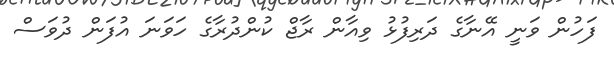
ފަހުން ވަނީ އޭނާގެ ދަރިފުޅު ވިއާން ރާޖް ކުންދުރާގެ ހަވަނަ އުފަން ދުވަސް